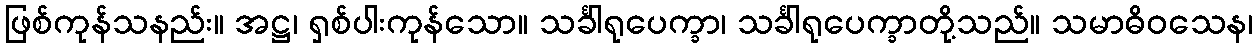
ဖြစ်ကုန်သနည်း။ အဋ္ဌ၊ ရှစ်ပါးကုန်သော။ သင်္ခါရုပေက္ခာ၊ သင်္ခါရုပေက္ခာတို့သည်။ သမာဓိဝသေန၊